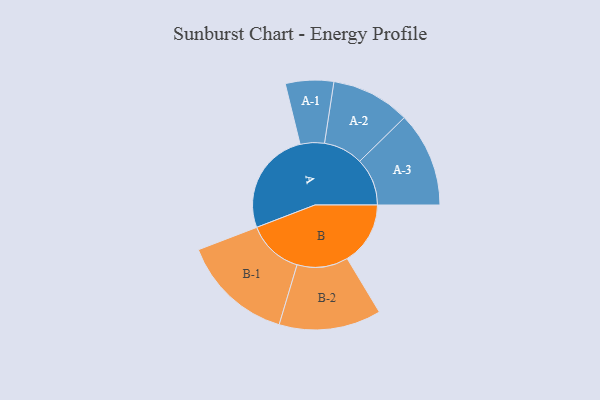
{"axis": {"x": "Segment", "y": "Value"}, "legend": ["", "A", "B"], "data": [{"x": "A", "y": 440, "type": ""}, {"x": "B", "y": 267, "type": ""}, {"x": "A-1", "y": 102, "type": "A"}, {"x": "A-2", "y": 167, "type": "A"}, {"x": "A-3", "y": 201, "type": "A"}, {"x": "B-1", "y": 237, "type": "B"}, {"x": "B-2", "y": 216, "type": "B"}]}